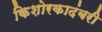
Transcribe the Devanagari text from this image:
किशोरकादंबरी